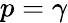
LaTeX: p=\gamma